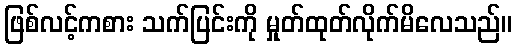
ဖြစ်လင့်ကစား သက်ပြင်းကို မှုတ်ထုတ်လိုက်မိလေသည်။